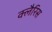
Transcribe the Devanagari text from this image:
क्लैरिस